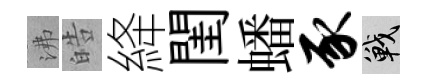
沸皓絳閨蟠豕戰